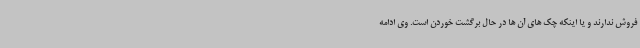
فروش ندارند و یا اینکه چک های آن ها در حال برگشت خوردن است. وی ادامه